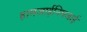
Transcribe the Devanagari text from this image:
हामजाईनिमजाई